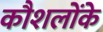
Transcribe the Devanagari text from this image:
कौशलोंके